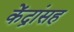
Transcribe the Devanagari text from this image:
केंद्रांसह